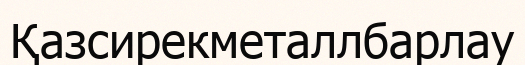
Қазсирекметаллбарлау